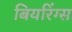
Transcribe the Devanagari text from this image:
बियरिंग्स